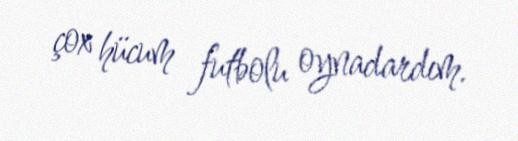
çox hücum futbolu oynadardım.